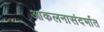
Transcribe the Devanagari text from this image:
आकलनासंदर्भात